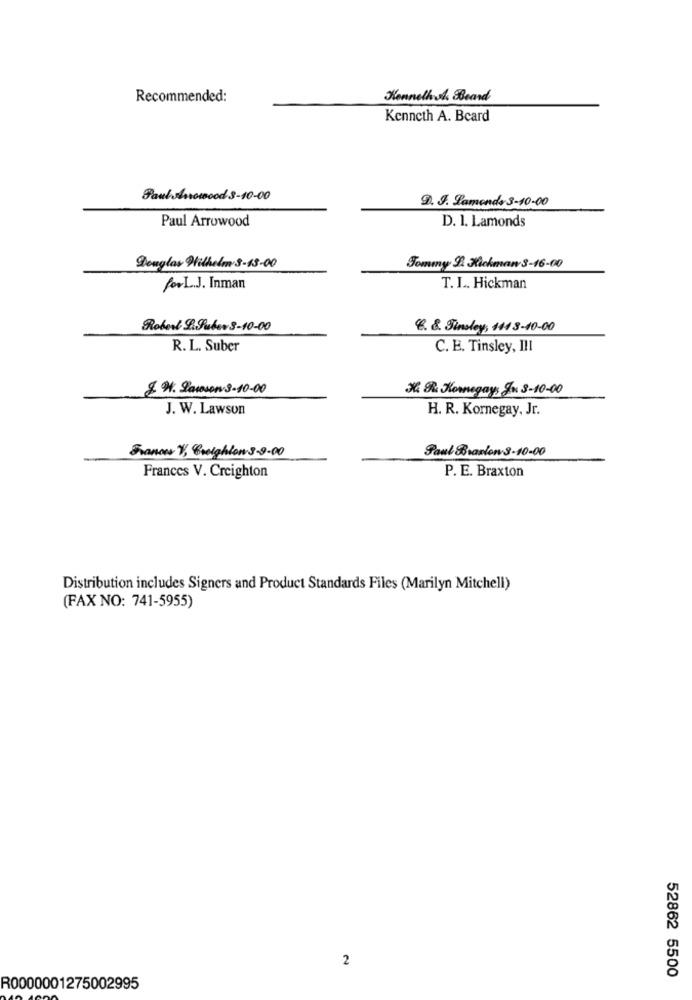
Recommended:
Kenneth sh. Beard
Kenneth A. Beard
Paul shorewood 3-10-00
9. J. Lamonds 3-10-00
Paul Arrowood
D. 1. Lamonds
Douglas Wilhelm 3-13-00
Tommy 2. Rickman 3-16-00
forL.J. Inman
T. I .. Hickman
Robert L.Puber3-10-00
&. &. Tinsley, 1113-10-00
R. L. Suber
C. E. Tinsley, III
2. W. Lawson 3-10-00
X. R. Konegay, Jo 3-10-00
J. W. Lawson
H. R. Kornegay, Jr.
France V, Creighton 3-9.00
Paul Branlon S-10-00
P. E. Braxton
Frances V. Creighton
Distribution includes Signers and Product Standards Files (Marilyn Mitchell)
(FAX NO: 741-5955)
2
52862 5500
R0000001275002995